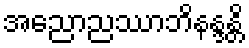
အညောညဿာဘိနန္ဒန္တိ